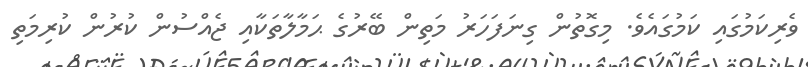
ވެރިކަމުގައި ކަމުގައެވެ. މިގޮތުން ގިނަފަހަރު މަތިން ބޭރުގެ ޙަމާލާތަކާއި ޖެއްސުން ކުރުން ކުރިމަތި